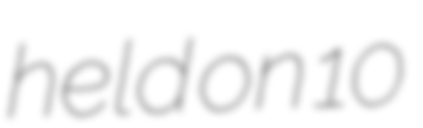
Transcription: held on 10